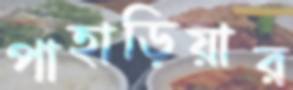
পাহাড়িয়ার